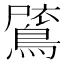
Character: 𪂗